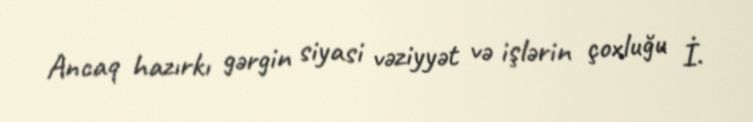
Ancaq hazırkı gərgin siyasi vəziyyət və işlərin çoxluğu İ.